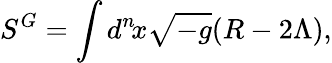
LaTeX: S^{G}=\int d^{n}\! x\sqrt{-g}(R-2\Lambda),